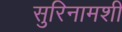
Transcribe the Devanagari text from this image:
सुरिनामशी